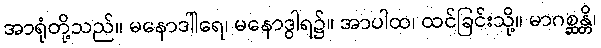
အာရုံတို့သည်။ မနောဒါါရေ၊ မနောဒွါရ၌။ အာပါထ၊ ထင်ခြင်းသို့။ မာဂစ္ဆန္တိ၊